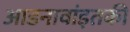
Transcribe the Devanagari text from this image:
आडनावांइतकी